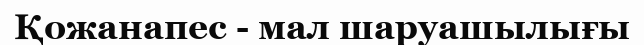
Қожанапес - мал шаруашылығы